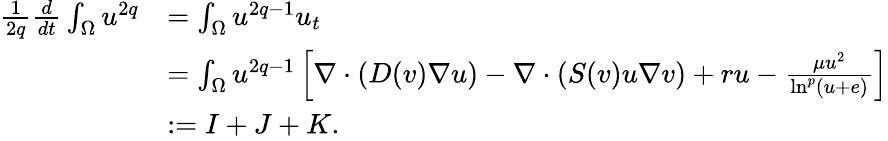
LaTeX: \begin{array}{rl}{\frac{1}{2q}\frac{d}{dt}\int_{\Omega}u^{2q}}&{=\int_{\Omega}u^{2q-1}u_{t}}\\ &{=\int_{\Omega}u^{2q-1}\left[\nabla\cdot(D(v)\nabla u)-\nabla\cdot(S(v)u\nabla v)+ru-\frac{\mu u^{2}}{\ln^{p}(u+e)}\right]}\\ &{:=I+J+K.}\end{array}